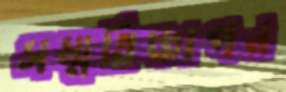
সম্মতিজ্ঞাপন